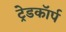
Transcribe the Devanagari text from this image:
ट्रेडकॉर्प